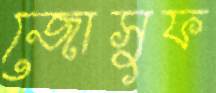
জোসুফ